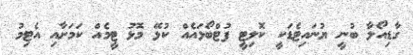
ގާޑިއޯލާ ބުނީ ޔުނައިޓެޑަކީ ކޮލިޓީ ފުޓްބޯޅައެއް ކުޅޭ މޮޅު ޓީމެއް ކަމަށާއި އެޓިމު